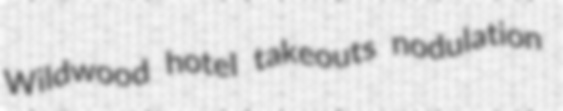
Wildwood hotel takeouts nodulation